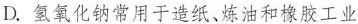
D.氢氧化钠常用于造纸、炼油和橡胶工业